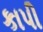
કાપી